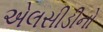
એલસીડીનો